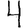
Digit: 4